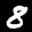
Label: 8